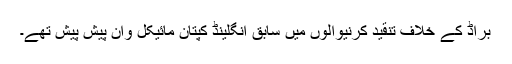
براڈ کے خلاف تنقید کرنیوالوں میں سابق انگلینڈ کپتان مائیکل وان پیش پیش تھے۔